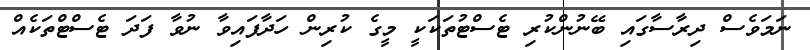
ނަމަވެސް ދިރާސާގައި ބޭނުންކުރި ޓެސްޓުތަކަކީ މީގެ ކުރިން ހަދާފައިިވާ ނުވާ ފަދަ ޓެސްޓްތަކެއް